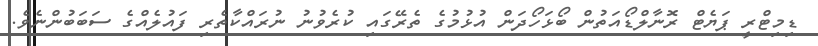
ޑިމިޓްރީ ޕަޔެޓް ރޮނާލްޑޯއަތުން ބޯޅަހޯދަން އުޅުމުގެ ތެރޭގައި ކުރެވުނު ނުރައްކާތެރި ފައުލެއްގެ ސަބަބުންނެވެ.